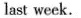
last week.